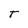
Character: T